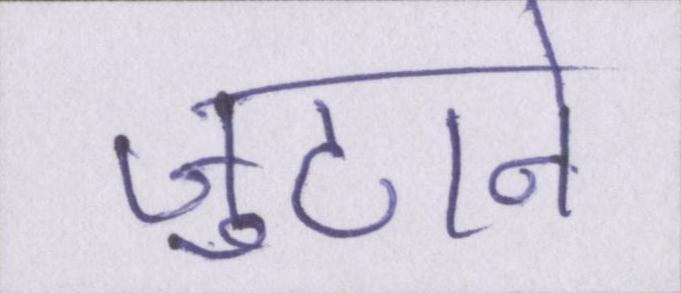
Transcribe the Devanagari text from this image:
जुटाने